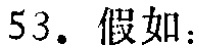
53. 假如：